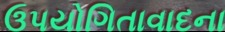
ઉપયોગિતાવાદના